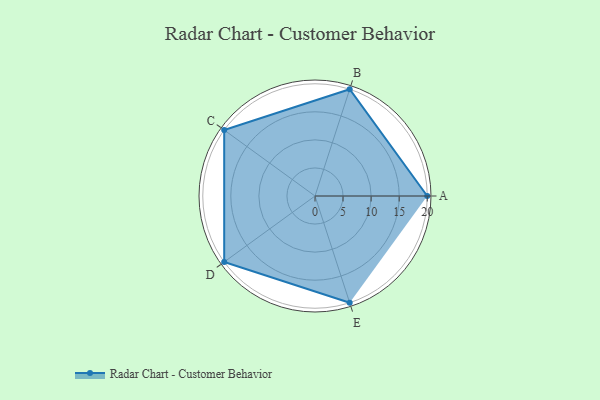
{"axis": {"x": "Skill", "y": "Score"}, "legend": ["Profile"], "data": [{"x": "A", "y": 20, "type": "Profile"}, {"x": "B", "y": 20, "type": "Profile"}, {"x": "C", "y": 20, "type": "Profile"}, {"x": "D", "y": 20, "type": "Profile"}, {"x": "E", "y": 20, "type": "Profile"}]}